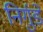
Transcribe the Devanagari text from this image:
निर्गुडे